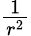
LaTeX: \textstyle{\frac{1}{r^{2}}}